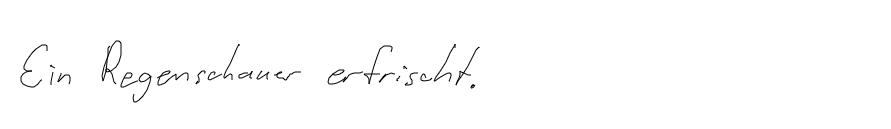
Ein Regenschauer erfrischt.